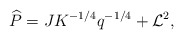
\begin{align*}\widehat{P}=JK^{-1/4}q^{-1/4} + \mathcal{L}^2, \end{align*}